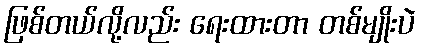
ဖြစ်တယ်လို့လည်း ရေးထားတာ တစ်မျိုးပဲ